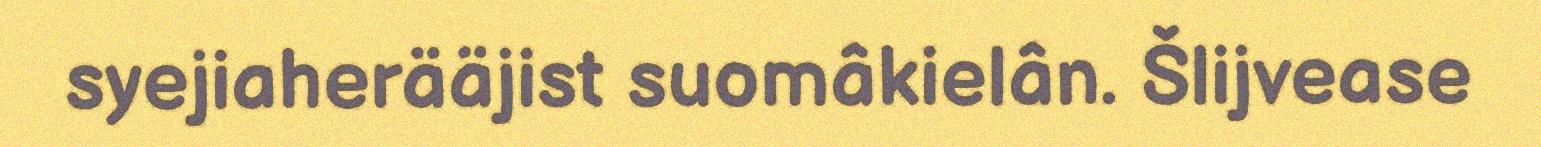
syejiaherääjist suomâkielân. Šlijvease